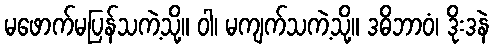
မဖောက်မပြန်သကဲ့သို့။ ဝါ၊ မကျက်သကဲ့သို့။ ဒဓိဘာဝံ၊ ဒိုးဒနဲ